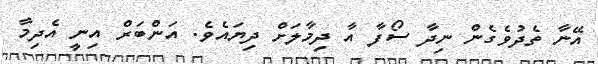
އޭނާ ތެދުވެގެން ނިދާ ސޯފާ އާ ދިމާލަށް ދިޔައެވެ. އަންބަރް އިނީ އެދިމާ